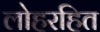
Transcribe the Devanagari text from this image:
लोहरहित